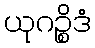
ယုဂဉ္စိဒံ